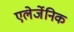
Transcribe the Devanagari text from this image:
एलेर्जेनिक